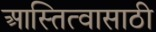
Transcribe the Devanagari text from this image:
आस्तित्वासाठी